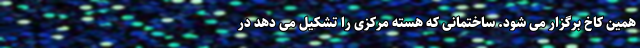
همین کاخ برگزار می شود. ساختمانی که هسته مرکزی را تشکیل می دهد در